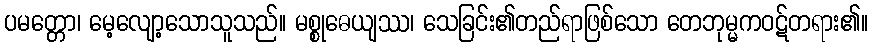
ပမတ္တော၊ မေ့လျော့သောသူသည်။ မစ္စုဓေယျဿ၊ သေခြင်း၏တည်ရာဖြစ်သော တေဘုမ္မကဝဋ်တရား၏။